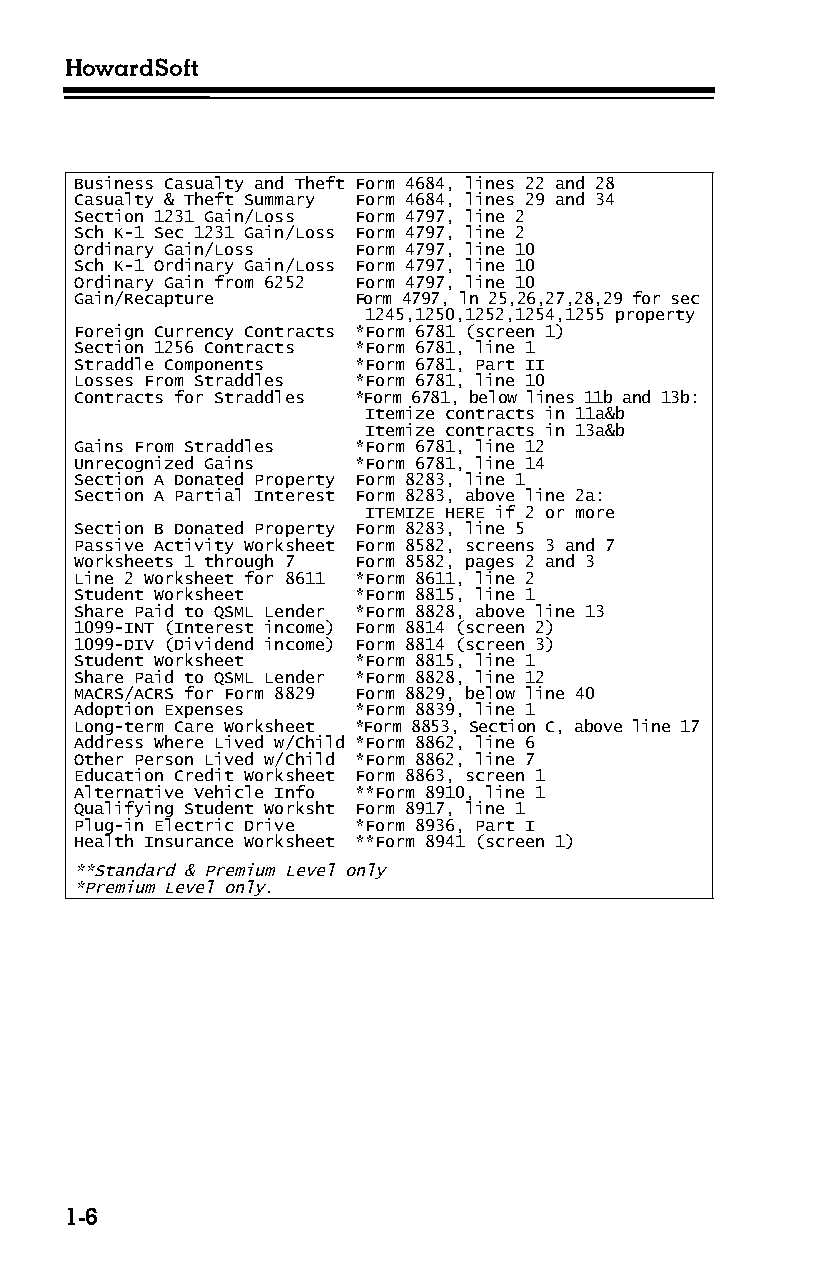
HowardSoft
 Business Casualty and Theft Form 4684, lines 22 and 28
 Casualty & Theft Summary Form 4684, lines 29 and 34
 Section 1231 Gain/Loss Form 4797, line 2
 Sch K-1 Sec 1231 Gain/Loss Form 4797, line 2
 Ordinary Gain/Loss Form 4797, line 10
 Sch K-1 Ordinary Gain/Loss Form 4797, line 10
 Ordinary Gain from 6252 Form 4797, line 10
 Gain/Recapture    Form 4797, ln 25,26,27,28,29 for sec
 1245,1250,1252,1254,1255 property
 Foreign Currency Contracts *Form 6781 (screen 1)
 Section 1256 Contracts *Form 6781, line 1
 Straddle Components *Form 6781, Part II
 Losses From Straddles *Form 6781, line 10
 Contracts for Straddles *Form 6781, below lines 11b and 13b:
 Itemize contracts in 11a&b
 Itemize contracts in 13a&b
 Gains From Straddles *Form 6781, line 12
 Unrecognized Gains *Form 6781, line 14
 Section A Donated Property Form 8283, line 1
 Section A Partial Interest Form 8283, above line 2a:
 ITEMIZE HERE if 2 or more
 Section B Donated Property Form 8283, line 5
 Passive Activity Worksheet Form 8582, screens 3 and 7
 Worksheets 1 through 7 Form 8582, pages 2 and 3
 Line 2 Worksheet for 8611 *Form 8611, line 2
 Student Worksheet *Form 8815, line 1
 Share Paid to QSML Lender *Form 8828, above line 13
 1099-INT (Interest income) Form 8814 (screen 2)
 1099-DIV (Dividend income) Form 8814 (screen 3)
 Student Worksheet *Form 8815, line 1
 Share Paid to QSML Lender *Form 8828, line 12
 MACRS/ACRS for Form 8829 Form 8829, below line 40
 Adoption Expenses *Form 8839, line 1
 Long-term Care Worksheet *Form 8853, Section C, above line 17
 Address Where Lived w/Child *Form 8862, line 6
 Other Person Lived w/Child *Form 8862, line 7
 Education Credit Worksheet Form 8863, screen 1
 Alternative Vehicle Info **Form 8910, line 1
 Qualifying Student Worksht Form 8917, line 1
 Plug-in Electric Drive *Form 8936, Part I
 Health Insurance Worksheet **Form 8941 (screen 1)
 **Standard & Premium Level only
 *Premium Level only.
 1-6